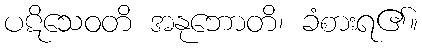
ပဋိသေဝတိ အနုဘောတိ၊ ခံစားရ၏။